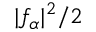
| f _ { \alpha } | ^ { 2 } / 2